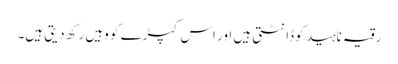
رقیہ ناہید کو ڈانٹتی ہیں اور اس کپڑے کو وہیں رکھ دیتی ہیں۔